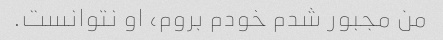
من مجبور شدم خودم بروم، او نتوانست.